Papaver somniferum - Opium : an extract from the sixth volume of the Dictionary of Economic Products of India
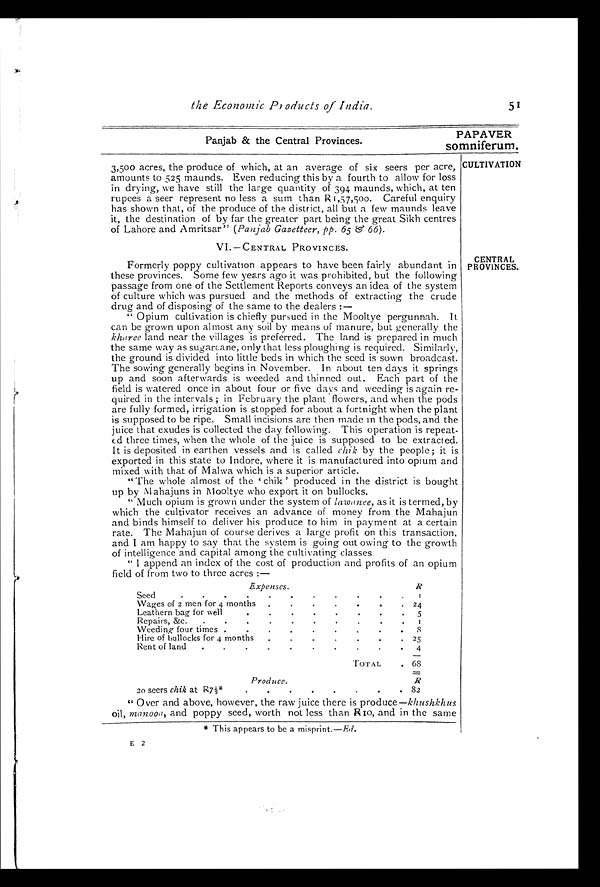
the Economic Products of India.
Panjab & the Central Provinces.
5
PAPAVER
somniferum.
CULTIVATION
3,500 acres, the produce of which, at an average of six seers per acre,
amounts to 525 maunds. Even reducing this by a fourth to allow for loss
in drying, we have still the large quantity of 394 maunds, which, at ten
rupees a seer represent no less a sum than R1,57,500. Careful enquiry
has shown that, of the produce of the district, all but a few maunds leave
it, the destination of by far the greater part being the great Sikh centres
of Lahore and Amritsar" (Panjab Gazetteer, pp. 65 & 66).
VI.—CENTRAL PROVINCES.
Formerly poppy cultivation appears to have been fairly abundant in
these provinces. Some few years ago it was prohibited, but the following
passage from one of the Settlement Reports conveys an idea of the system
of culture which was pursued and the methods of extracting the crude
drug and of disposing of the same to the dealers:—
" Opium cultivation is chiefly pursued in the Mooltye pergunnah. It
can be grown upon almost any soil by means of manure, but generally the
kharee land near the villages is preferred. The land is prepared in much
the same way as sugarcane, only that less ploughing is required. Similarly,
the ground is divided into little beds in which the seed is sown broadcast.
The sowing generally begins in November. In about ten days it
s p r i n g s u p a n d s o o n a f t e r w a r d s i s w e e d e d a n d t h i n n e d o u t . E a c h p a r t o f t h e
field is watered once in about four or five days and weeding is again r
e - q u i r e d i n t h e i n t e r v a l s ; i n F e b r u a r y t h e p l a n t f l o w e r s , a n d w h e n t h e p o d s
are fully formed, irrigation is stopped for about a fortnight when the plant
is supposed to be ripe. Small incisions are then made in the pods, and the
juice that exudes is collected the day following. This operation is repeat
-ed three times, when the whole of the juice is supposed to be extracted.
It is deposited in earthen vessels and is called chik by the people; it is
exported in this state to Indore, where it is manufactured into opium and
mixed with that of Malwa which is a superior article.
"The whole almost of the ' chik' produced in the district is bought
up by Mahajuns in Mooltye who export it on bullocks.
"Much opium is grown under the system of lawanee, as it is termed, by
which the cultivator receives an advance of money from the Mahajun
and binds himself to deliver his produce to him in payment at a certain
rate. The Mahajun of course derives a large profit on this transaction,
and I am happy to say that the system is going out owing to the growth
of intelligence and capital among the cultivating classes.
"I append an index of the cost of production and profits of an opium
field of from two to three acres:—
CENTRAL
PROVINCES.
Expenses.
R
Seed . . .
1
Wages of 2 men for 4 months
. . .
24
Leathern bag for well . . .
5
Repairs, &c.
. . .
1
Weeding four times . . .
8
Hire of bullocks for 4 months
. . .
25
Rent of land
. . .
4
TOTAL
68
Produce.
R
20 seers chik at R7½*
. . .
82
"
Over and above, however, the raw juice there is produce —khushkhus
oil, manooa, and poppy seed, worth not less than R10, and in the same
This appears to be a misprint.— Ed .
E 2